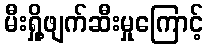
မီးရှို့ဖျက်ဆီးမှုကြောင့်